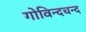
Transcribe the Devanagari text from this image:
गोविन्दचन्द